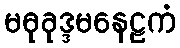
မဓုခုဒ္ဒမနေဠကံ